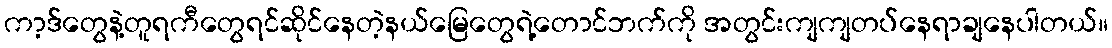
ကာ့ဒ်တွေနဲ့တူရကီတွေရင်ဆိုင်နေတဲ့နယ်မြေတွေရဲ့တောင်ဘက်ကို အတွင်းကျကျတပ်နေရာချနေပါတယ်။